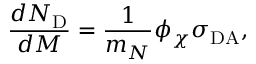
{ \frac { d N _ { \mathrm { D } } } { d M } } = { \frac { 1 } { m _ { N } } } \phi _ { \chi } \sigma _ { \mathrm { D A } } ,